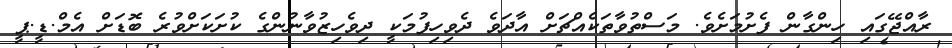
ރާއްޖޭގައި ހިންގާން ފެށުމަށެވެ. މަސްތުވާތަކެއްޗަށް އާދަވެ ދެވިހިފުމަކީ ދިވެހިޒުވާނުންގެ ކުށަކަށްވުރެ ބޮޑަށް އެމް.ޑީ.ޕީ